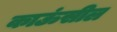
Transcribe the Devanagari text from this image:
काऊंसील